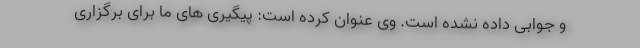
و جوابی داده نشده است. وی عنوان کرده است: پیگیری های ما برای برگزاری